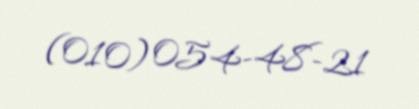
(010) 054-48-21